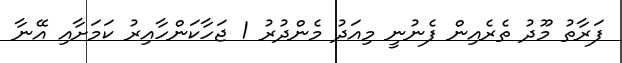
ފަރާތު މޫދު ތެރެއިން ފެނުނީ މިއަދު މެންދުރު 1 ޖަހާކަންހާއިރު ކަމަށާއި އޭނާ